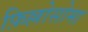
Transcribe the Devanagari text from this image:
फ़िल्लोसोमा